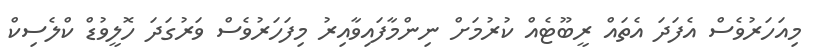
މިއަހަރުވެސް އެފަދަ އެތައް ރީބޫޓެއް ކުރުމަށް ނިންމާފައިވާއިރު މިފަހަރުވެސް ވަރުގަދަ ހޮލީވުޑް ކްލެސިކް